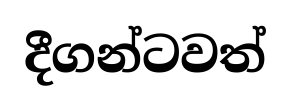
දීගන්ටවත්